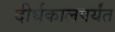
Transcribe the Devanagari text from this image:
दीर्घकालपर्यंत